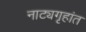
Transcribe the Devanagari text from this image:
नाट्यगृहांत